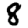
Digit: 8